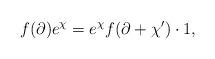
LaTeX: \begin{align*}f(\partial)e^\chi= e^\chi f(\partial + \chi') \cdot 1,\end{align*}